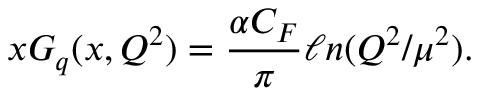
x G _ { q } ( x , Q ^ { 2 } ) = { \frac { \alpha C _ { F } } { \pi } } \ell n ( Q ^ { 2 } / \mu ^ { 2 } ) .